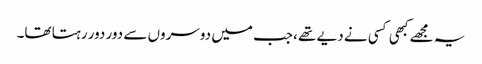
یہ مجھے کبھی کسی نے دیے تھے ،جب میں دوسروں سے دور دور رہتا تھا۔